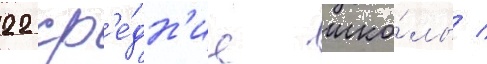
22 ср'е́дн'ие шко́лы /